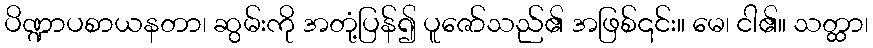
ပိဏ္ဍာပစာယနတာ၊ ဆွမ်းကို အတုံ့ပြန်၍ ပူဇော်သည်၏ အဖြစ်၎င်း။ မေ၊ ငါ၏။ သတ္ထာ၊